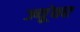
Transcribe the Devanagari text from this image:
ज्यूंवर